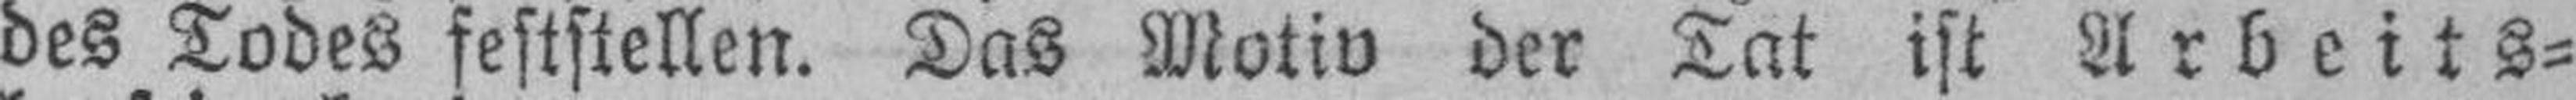
des Todes feststellen. Das Motiv der Tat ist Arbeits¬